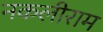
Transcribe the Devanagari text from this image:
नकलीराम